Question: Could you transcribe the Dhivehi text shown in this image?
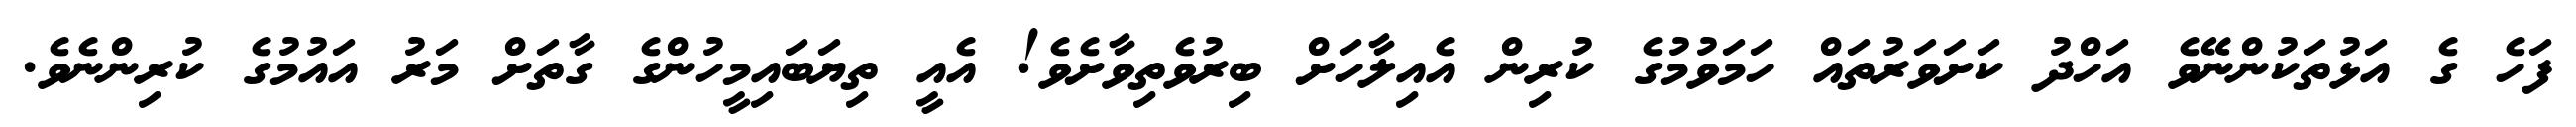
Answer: ފަހެ ގެ އަޅުތަކުންނޭވެ އަހްދު ކަށަވަރުތައް ހަމަވުމުގެ ކުރިން އެއިލާހަށް ބިރުވެތިވާށެވެ! އެއީ ތިޔަބައިމީހުންގެ ގާތަށް މަރު އައުމުގެ ކުރިންނެވެ.